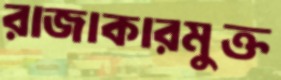
রাজাকারমুক্ত